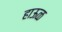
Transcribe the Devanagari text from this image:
हाऊळ